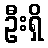
ဦးရှိ